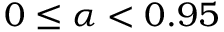
0 \leq \alpha < 0 . 9 5